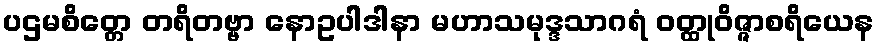
ပဌမစိတ္တေ တရိတဗ္ဗာ နောဥပါဒါနာ မဟာသမုဒ္ဒသာဂရံ ဝတ္ထုဝိဇ္ဇာစရိယေန